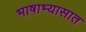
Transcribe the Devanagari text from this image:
भाषाभ्यासात